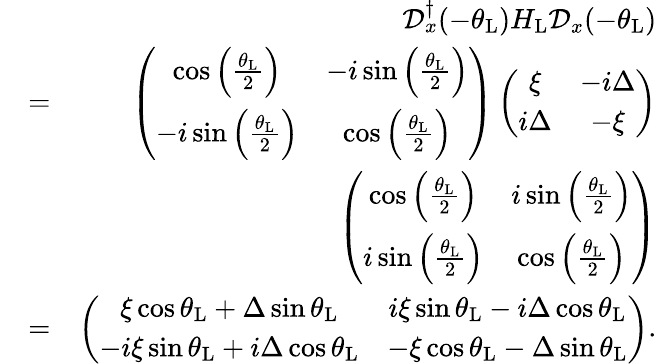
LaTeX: \begin{array}{rlr}&{}&{\mathcal{D}_{x}^{\dagger}(-\theta_{\mathrm{L}})H_{\mathrm{L}}\mathcal{D}_{x}(-\theta_{\mathrm{L}})}\\ &{=}&{\left(\begin{array}{cc}{\cos\left(\frac{\theta_{\mathrm{L}}}{2}\right)}&{-i\sin\left(\frac{\theta_{\mathrm{L}}}{2}\right)}\\ {-i\sin\left(\frac{\theta_{\mathrm{L}}}{2}\right)}&{\cos\left(\frac{\theta_{\mathrm{L}}}{2}\right)}\end{array}\right)\left(\begin{array}{cc}{\xi}&{-i\Delta}\\ {i\Delta}&{-\xi}\end{array}\right)}\\ &{}&{\left(\begin{array}{cc}{\cos\left(\frac{\theta_{\mathrm{L}}}{2}\right)}&{i\sin\left(\frac{\theta_{\mathrm{L}}}{2}\right)}\\ {i\sin\left(\frac{\theta_{\mathrm{L}}}{2}\right)}&{\cos\left(\frac{\theta_{\mathrm{L}}}{2}\right)}\end{array}\right)}\\ &{=}&{\left(\begin{array}{cc}{\xi\cos\theta_{\mathrm{L}}+\Delta\sin\theta_{\mathrm{L}}}&{i\xi\sin\theta_{\mathrm{L}}-i\Delta\cos\theta_{\mathrm{L}}}\\ {-i\xi\sin\theta_{\mathrm{L}}+i\Delta\cos\theta_{\mathrm{L}}}&{-\xi\cos\theta_{\mathrm{L}}-\Delta\sin\theta_{\mathrm{L}}}\end{array}\right).}\end{array}